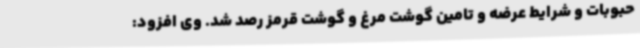
حبوبات و شرایط عرضه و تامین گوشت مرغ و گوشت قرمز رصد شد. وی افزود: